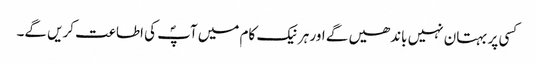
کسی پر بہتان نہیں باندھیں گے اور ہر نیک کام میں آپؐ کی اطاعت کریں گے۔